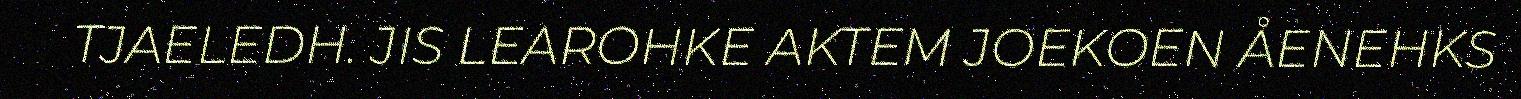
TJAELEDH. JIS LEAROHKE AKTEM JOEKOEN ÅENEHKS